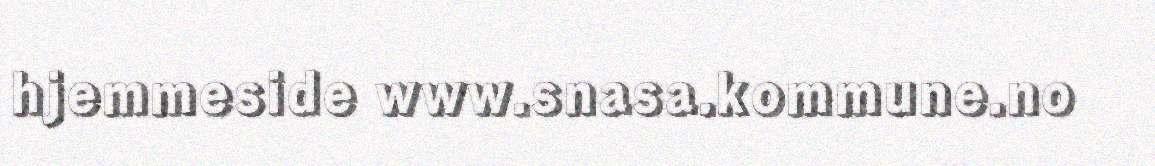
hjemmeside www.snasa.kommune.no